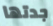
جدتها